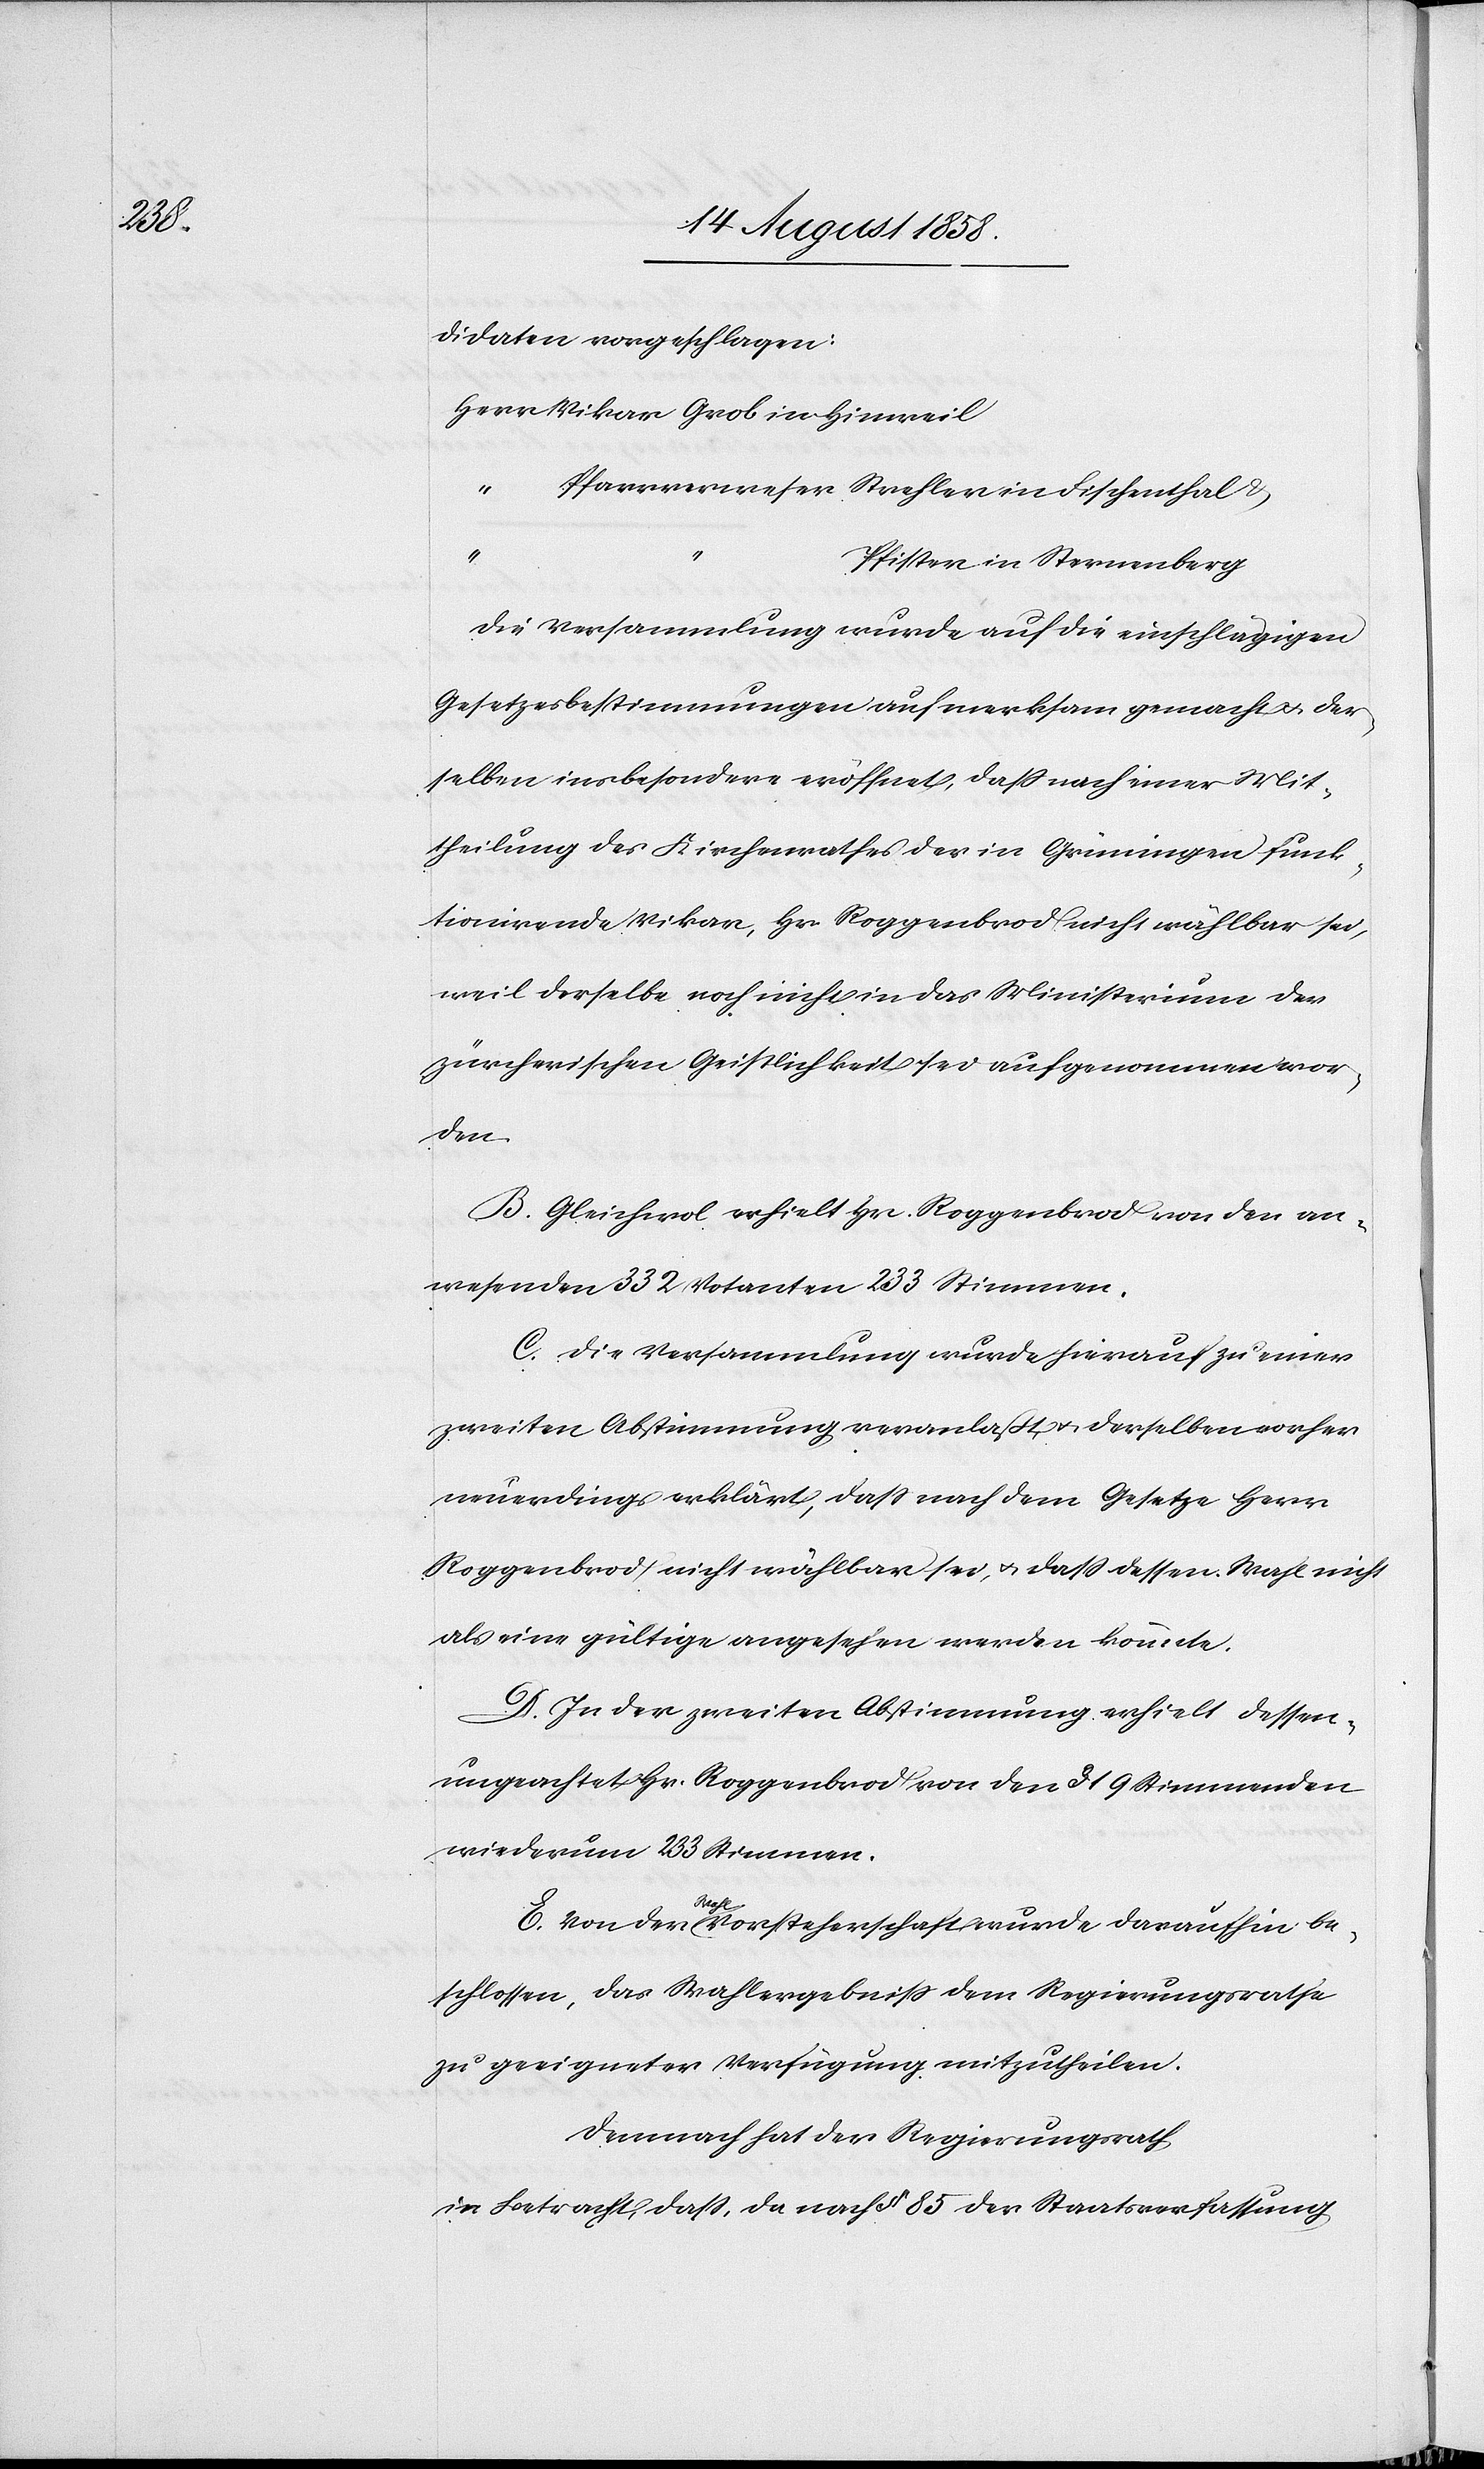
didaten vorgeschlagen:
Herr Vikar Grob in Hinweil
Pfarrverweser Strehler in Fischenthal &
“
Pfister in Sternenberg
Die Versammlung wurde auf die einschlägigen
Gesetzesbestimmungen aufmerksam gemacht & der¬
selben insbesondere eröffnet, dass nach einer Mit¬
theilung des Kirchenrathes der in Grüningen funk¬
tionirende Vikar, Hr. Roggenbrod nicht wählbar sei,
weil derselbe noch nicht in das Ministerium der
zürcherischen Geistlichkeit sei aufgenommen wor¬
den.
B. Gleichwol erhielt Hr. Roggenbrod von den an¬
wesenden 332 Votanten 233 Stimmen.
C. Die Versammlung wurde hierauf zu einer
zweiten Abstimmung veranlaßt & derselben vorher
neuerdings erklärt, dass nach dem Gesetze Herr
Roggenbrod nicht wählbar sei, & dass dessen Wahl nicht
als eine gültige angesehen werden könnte.
D. In der zweiten Abstimmung erhielt dessen¬
ungeachtet Hr. Roggenbrod von den 319 Stimmenden
wiederum 233 Stimmen.
E. Von der Wahlvorsteherschaft wurde daraufhin be¬
schlossen, das Wahlergebniss dem Regierungsrathe
zu geeigneter Verfügung mitzutheilen.
Demnach hat der Regierungsrath
in Betracht, dass, da nach § 85 der Staatsverfassung